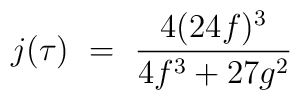
j(\tau) ~=~ {4 (24f)^3 \over {4 f^3 + 27 g^2}}